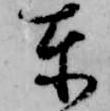
東